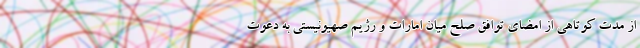
از مدت کوتاهی از امضای توافق صلح میان امارات و رژیم صهیونیستی به دعوت